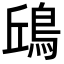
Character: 𩿨